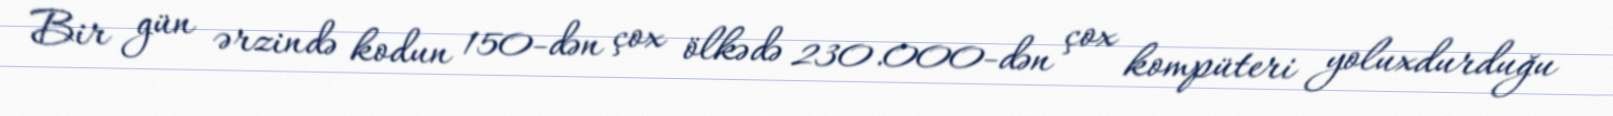
Bir gün ərzində kodun 150-dən çox ölkədə 230.000-dən çox kompüteri yoluxdurduğu